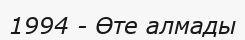
1994 - Өте алмады